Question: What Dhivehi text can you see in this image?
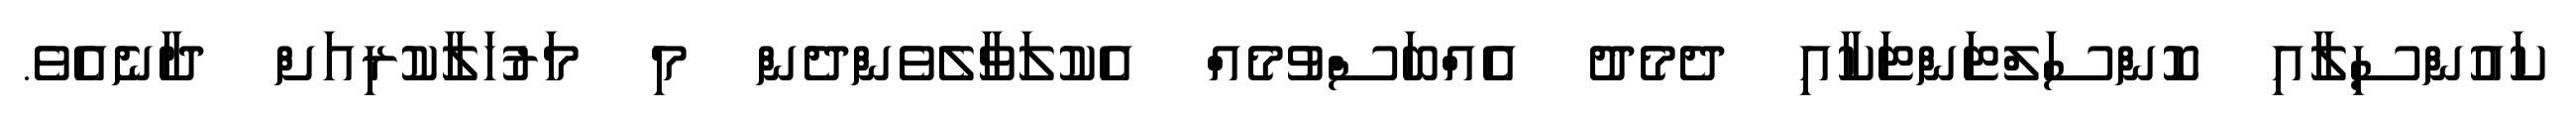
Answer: ކައުންސިލާއި ކޮންސަލްޓަންޓަކާއި ދެމެދު އެއްބަސްވުމެއް އެކުލަވާލެވެންދެން މި މަރުހަލާކުރިއަށް ދާނެއެވެ.